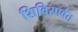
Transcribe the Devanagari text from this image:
शिविरपर्वत